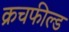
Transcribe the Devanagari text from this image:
क्रचफील्ड